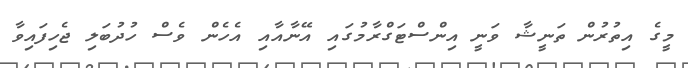
މީގެ އިތުރުން ތަނީޝާ ވަނީ އިންސްޓަގްރާމުގައި އޭނާއާއި އެހެން ވެސް ހުދުބަލި ޖެހިފައިވާ